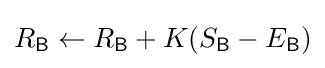
R_{\mathsf {B}}\leftarrow R_{\mathsf {B}}+K(S_{\mathsf {B}}-E_{\mathsf {B}})